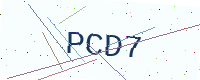
Text: PCD7